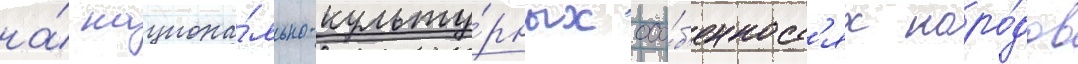
на́ национа́льно-культу́рных осо́б'енност'ях наро́дов